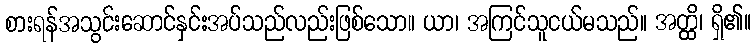
စားရန်အသွင်းဆောင်နှင်းအပ်သည်လည်းဖြစ်သော။ ယာ၊ အကြင်သူငယ်မသည်။ အတ္ထိ၊ ရှိ၏။